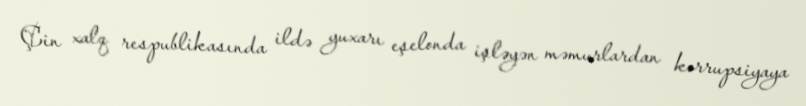
Çin xalq respublikasında ildə yuxarı eşelonda işləyən məmurlardan korrupsiyaya